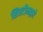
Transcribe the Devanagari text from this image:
सिस्टीमद्वारे